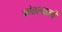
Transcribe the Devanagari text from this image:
कोठल्यातरी